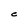
Character: e